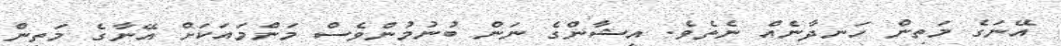
އޭނަގެ މަތިން ހަނދާނެއް ނެތެވެ. އިޝާންގެ ނަން ބުނުމުންވެސް މަންމައަކަށް އޭނާގެ މަތިން